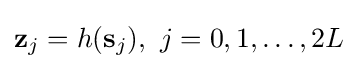
\mathbf {z} _{j}=h(\mathbf {s} _{j}),\,\,j=0,1,\dots ,2L